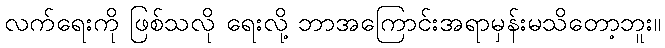
လက်ရေးကို ဖြစ်သလို ရေးလို့ ဘာအကြောင်းအရာမှန်းမသိတော့ဘူး။